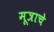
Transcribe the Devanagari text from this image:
मूत्राचे